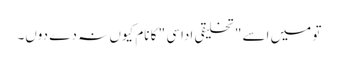
تو میں اسے " تخلیقی اداسی " کا نام کیوں نہ دے دوں۔